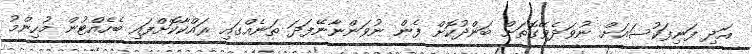
އަދި ފަނިފަކުސައަށް ނުވަދެވޭގޮތަށް ބަންދުކޮށް ފެން ނުވަންނާނޭފަދަ ތަނެއްގައި ރައްކާކޮށްފައި ބެހެއްޓުން މުހިންމު